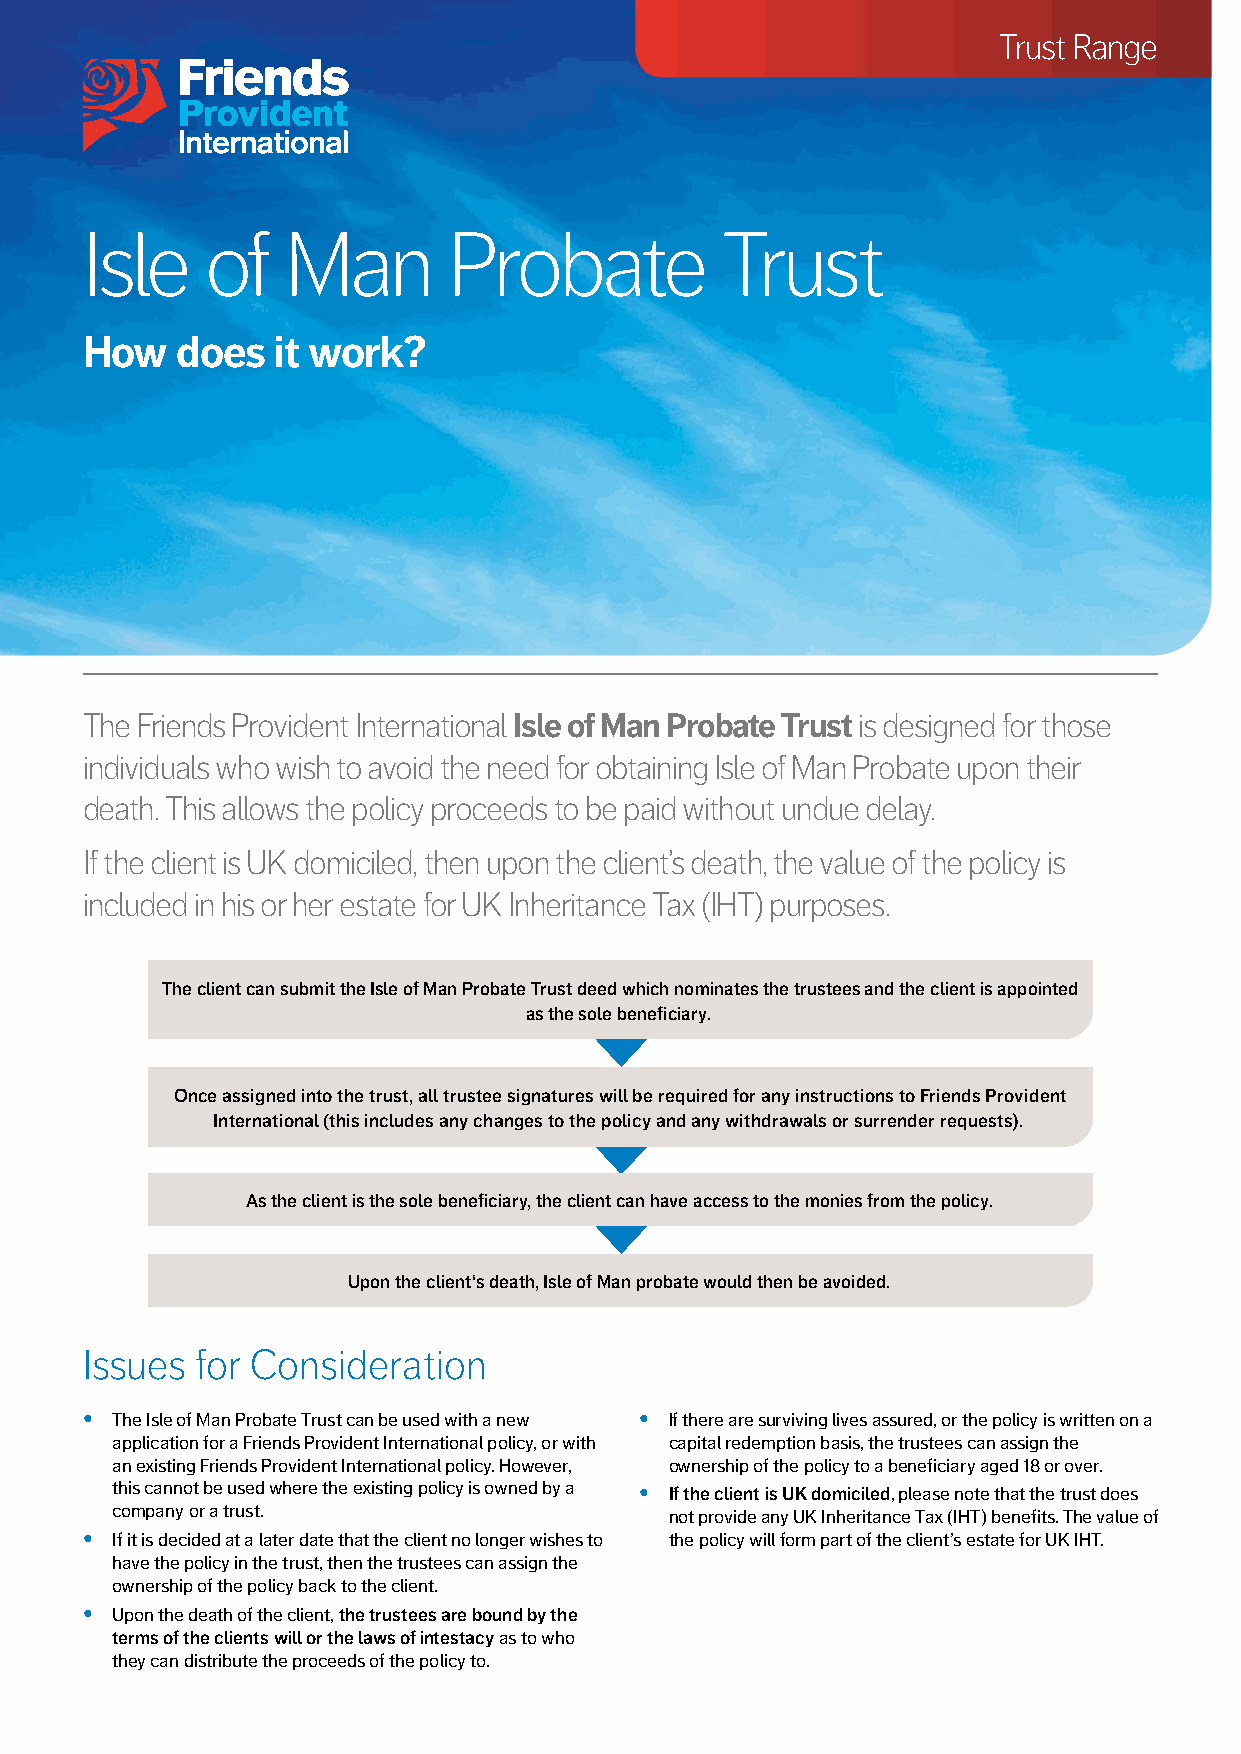
Trust Range
 Isle     of   Man        Probate           Trust
 How    does  it work?
 The Friends Provident International Isle of Man Probate Trust is designed for those
 individuals who wish to avoid the need for obtaining Isle of Man Probate upon their
 death. This allows the policy proceeds to be paid without undue delay.
 If the client is UK domiciled, then upon the client’s death, the value of the policy is
 included in his or her estate for UK Inheritance Tax (IHT) purposes.
 The client can submit the Isle of Man Probate Trust deed which nominates the trustees and the client is appointed
 as the sole beneficiary.
 Once assigned into the trust, all trustee signatures will be required for any instructions to Friends Provident
 International (this includes any changes to the policy and any withdrawals or surrender requests).
 As the client is the sole beneficiary, the client can have access to the monies from the policy.
 Upon the client‘s death, Isle of Man probate would then be avoided.
 Issues  for Consideration
 • The Isle of Man Probate Trust can be used with a new • If there are surviving lives assured, or the policy is written on a
 application for a Friends Provident International policy, or with capital redemption basis, the trustees can assign the
 an existing Friends Provident International policy. However, ownership of the policy to a beneficiary aged 18 or over.
 this cannot be used where the existing policy is owned by a • If the client is UK domiciled, please note that the trust does
 company or a trust.                  not provide any UK Inheritance Tax (IHT) benefits. The value of
 • If it is decided at a later date that the client no longer wishes to the policy will form part of the client’s estate for UK IHT.
 have the policy in the trust, then the trustees can assign the
 ownership of the policy back to the client.
 • Upon the death of the client, the trustees are bound by the
 terms of the clients will or the laws of intestacy as to who
 they can distribute the proceeds of the policy to.